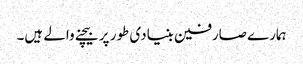
ہمارے صارفین بنیادی طور پر بیچنے والے ہیں۔